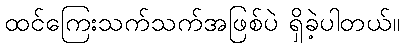
ထင်ကြေးသက်သက်အဖြစ်ပဲ ရှိခဲ့ပါတယ်။